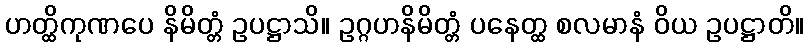
ဟတ္ထိကုဏပေ နိမိတ္တံ ဥပဋ္ဌာသိ။ ဥဂ္ဂဟနိမိတ္တံ ပနေတ္ထ စလမာနံ ဝိယ ဥပဋ္ဌာတိ။